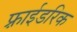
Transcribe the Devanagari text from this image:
फ़्राईडरिक